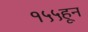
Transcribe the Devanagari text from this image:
१५५हून